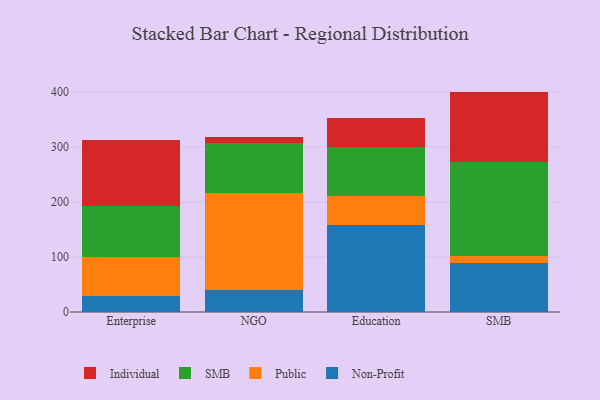
{"axis": {"x": "Segment", "y": "Operating Costs (USD K)"}, "legend": ["Individual", "Non-Profit", "Public", "SMB"], "data": [{"x": "Enterprise", "y": 28.8, "type": "Non-Profit"}, {"x": "Enterprise", "y": 72.0, "type": "Public"}, {"x": "Enterprise", "y": 92.0, "type": "SMB"}, {"x": "Enterprise", "y": 119.3, "type": "Individual"}, {"x": "NGO", "y": 39.7, "type": "Non-Profit"}, {"x": "NGO", "y": 176.3, "type": "Public"}, {"x": "NGO", "y": 91.6, "type": "SMB"}, {"x": "NGO", "y": 10.9, "type": "Individual"}, {"x": "Education", "y": 157.5, "type": "Non-Profit"}, {"x": "Education", "y": 52.7, "type": "Public"}, {"x": "Education", "y": 90.4, "type": "SMB"}, {"x": "Education", "y": 51.3, "type": "Individual"}, {"x": "SMB", "y": 88.7, "type": "Non-Profit"}, {"x": "SMB", "y": 13.6, "type": "Public"}, {"x": "SMB", "y": 171.0, "type": "SMB"}, {"x": "SMB", "y": 127.4, "type": "Individual"}]}